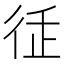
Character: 𢓩